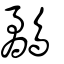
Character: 鷸